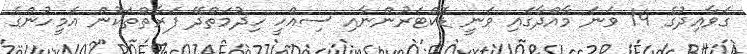
ގަވާއިދުގެ 14 ވަނަ މާއްދާގައި ވަނީ ޑޮކްޓަރުންނާއި ސިއްހީ ހިދުމަތްދޭ ފަރާތްތަކުން އެމީހުންގެ